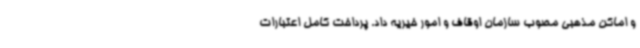
و اماکن مذهبی مصوب سازمان اوقاف و امور خیریه داد. پرداخت کامل اعتبارات